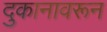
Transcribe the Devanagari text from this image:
दुकानावरून